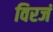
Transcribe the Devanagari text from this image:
विरजं